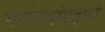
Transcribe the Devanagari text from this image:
सर्वरुत्संग्रहणी